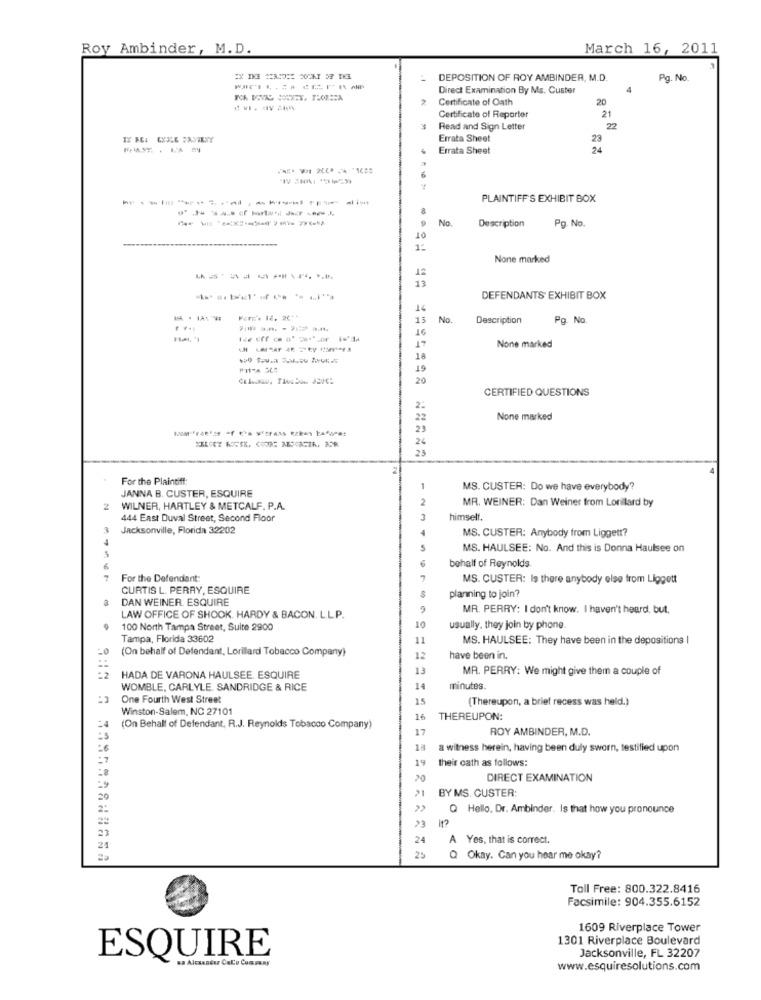
Roy Ambinder, M.D.
March 16, 2011
DEPOSITION OF ROY AMBINDER, M.D.
Pg. No.
Direct Examination By Ms. Custer
4
NA DOVIC SON-T. THORESA
2
Certificate of Oath
20
Certificate of Reporter
21
3
Read and Sign Letter
22
Errata Sheet
23
Errata Sheet
24
------------- i
PLAINTIFF'S EXHIBIT BOX
---------
No
Pg. No.
OT
Description
1º
None marked
13
DEFENDANTS EXHIBIT BOX
14
13
No
Description
Pg. No.
16
17
---------
None marked
18
19
20
CERTIFIED QUESTIONS
2:
22
None marked
23
24
25
For the Plaintiff:
JANNA B. CUSTER, ESQUIRE
MS. CUSTER: Do we have everybody?
MR. WEINER: Dan Weiner from Lorillard by
WILNER, HARTLEY & METCALF. P.A.
444 East Duval Street, Second Floor
himself.
3
Jacksonville, Florida 32202
MS. CUSTER: Anybody from Liggett?
MS. HAULSEE: No. And this is Donna Haulsee on
behalf of Reynolds.
For the Defendant:
MS. CUSTER: Is there anybody else from Liggett
CURTIS L. PERRY, ESQUIRE
DAN WEINER. ESQUIRE
planning to join?
MR. PERRY: I don't know. I haven't heard, but,
LAW OFFICE OF SHOOK. HARDY & BACON. L.L.P.
100 North Tampa Street, Suite 2900
10
usually. they join by phone.
Tampa, Florida 33602
MS. HAULSEE: They have been in the depositions |
=0
(On behalf of Defendant, Lorillard Tobacco Company)
have been in.
MR. PERRY: We might give them a couple of
HADA DE VARONA HAULSEE. ESQUIRE
WOMBLE, CARLYLE. SANDRIDGE & RICE
14
minutes.
One Fourth West Street
15
(Thereupon, a brief recess was held.)
Winston-Salem, NC 27101
16
THEREUPON:
(On Behalf of Defendant, R.J. Reynolds Tobacco Company)
17
ROY AMBINDER, M.D.
18
a witness herein, having been duly sworn, testilied upon
19
their cath as follows:
20
DIRECT EXAMINATION
BY MS. CUSTER:
21
Q Hello, Dr. Ambinder. Is that how you pronounce
23
24
A Yes, that is correct.
24
25
Q Okay. Can you hear me okay?
Toll Free: 800.322.8416
Facsimile: 904.355.6152
1609 Riverplace Tower
1301 Riverplace Boulevard
Jacksonville, FL 32207
ESQUIRE
sa Alcaandsz Calo Company
www.esquiresolutions.com